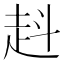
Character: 𧺯